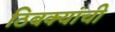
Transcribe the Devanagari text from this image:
ठिबक्यांची